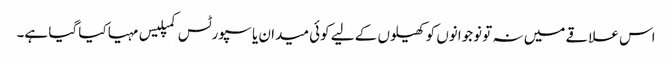
اس علاقے میں نہ تو نوجوانوں کو کھیلوں کے لیے کوئی میدان یا سپورٹس کمپلیس مہیا کیا گیا ہے۔